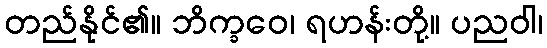
တည်နိုင်၏။ ဘိက္ခဝေ၊ ရဟန်းတို့။ ပညဝါ၊